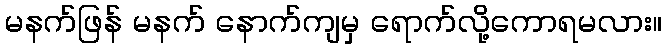
မနက်ဖြန် မနက် နောက်ကျမှ ရောက်လို့ကောရမလား။